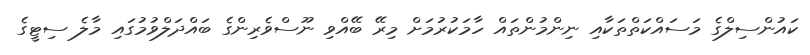
ކައުންސިލްގެ މަސައްކަތްތަކާއި ނިންމުންތައް ހާމަކުރުމަށް މިރޭ ބޭއްވި ނޫސްވެރިންގެ ބައްދަލްވުމުގައި މާލެ ސިޓީގެ